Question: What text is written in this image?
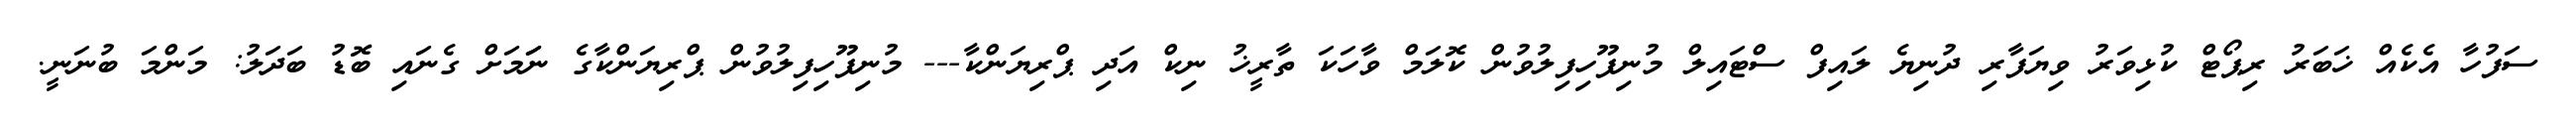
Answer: ސަފުހާ އެކެއް ޚަބަރު ރިޕޯޓް ކުޅިވަރު ވިޔަފާރި ދުނިޔެ ލައިފް ސްޓައިލް މުނިފޫހިފިލުވުން ކޮލަމް ވާހަކަ ތާރީޚު ނިކް އަދި ޕްރިޔަންކާ--- މުނިފޫހިފިލުވުން ޕްރިޔަންކާގެ ނަަމަށް ގެނައި ބޮޑު ބަދަލު: މަންމަ ބުނަނީ.